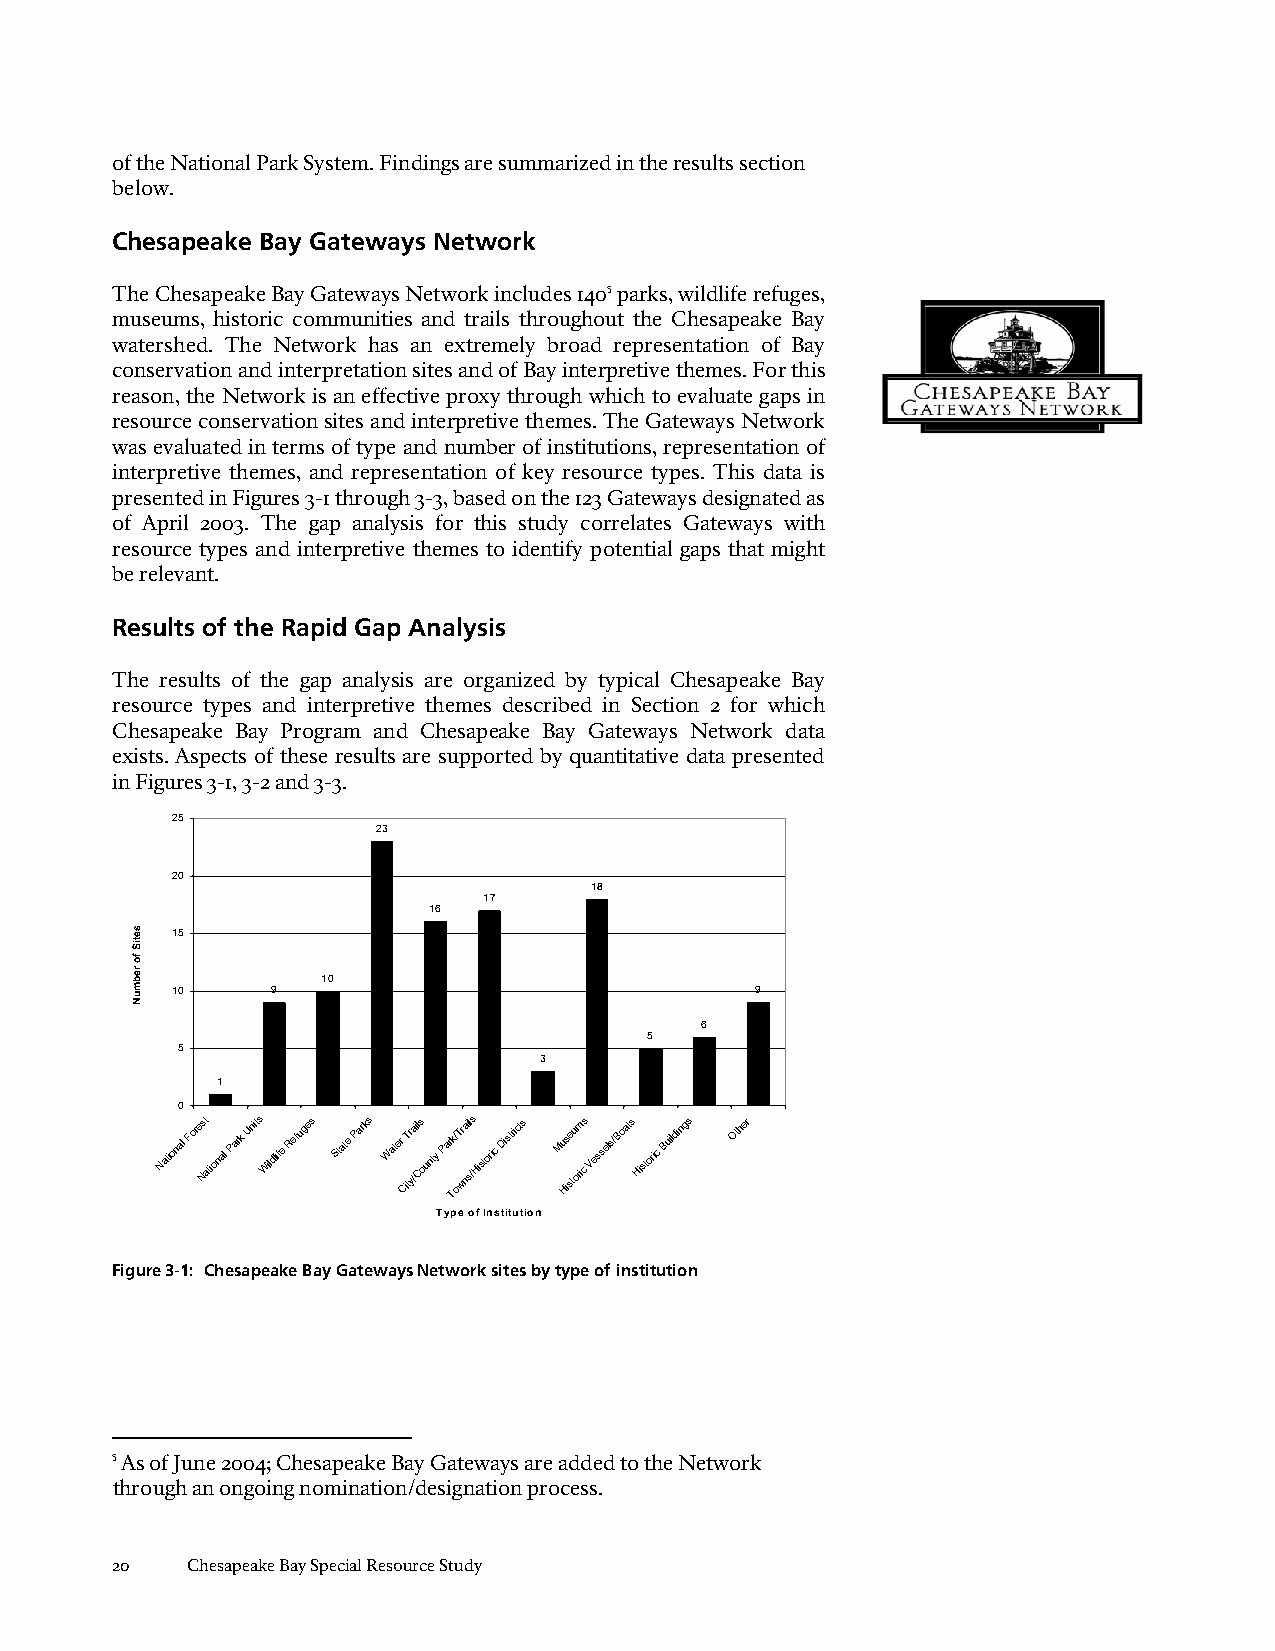
of the National Park System. Findings are summarized in the results section
 below.
 Chesapeake Bay Gateways Network
 The Chesapeake Bay Gateways Network includes 1405 parks, wildlife refuges,
 museums, historic communities and trails throughout the Chesapeake Bay
 watershed. The Network has an extremely broad representation of Bay
 conservation and interpretation sites and of Bay interpretive themes. For this
 reason, the Network is an effective proxy through which to evaluate gaps in
 resource conservation sites and interpretive themes. The Gateways Network
 was evaluated in terms of type and number of institutions, representation of
 interpretive themes, and representation of key resource types. This data is
 presented in Figures 3-1 through 3-3, based on the 123 Gateways designated as
 of April 2003. The gap analysis for this study correlates Gateways with
 resource types and interpretive themes to identify potential gaps that might
 be relevant.
 Results of the Rapid Gap Analysis
 The results of the gap analysis are organized by typical Chesapeake Bay
 resource types and interpretive themes described in Section 2 for which
 Chesapeake Bay Program and Chesapeake Bay Gateways Network data
 exists. Aspects of these results are supported by quantitative data presented
 in Figures 3-1, 3-2 and 3-3.
 25
 23
 20
 18
 17
 16
 15
 10
 10     9                               9
 6
 5
 5
 3
 1
 0
 National Fore Nst
 ational
 Park Units
 Wildlife
 Refuges State Parks Water CiT tr y/ail Cs
 ounty
 Par Tk/ oT wr nai sl /s
 Historic
 Districts Mu His se tu orim cs Vessels/Boats
 Historic
 Buildings Other
 Type of Institution
 Figure 3-1: Chesapeake Bay Gateways Network sites by type of institution
 5 As of June 2004; Chesapeake Bay Gateways are added to the Network
 through an ongoing nomination/designation process.
 20   Chesapeake Bay Special Resource Study
 setiS
 fo
 rebmuN